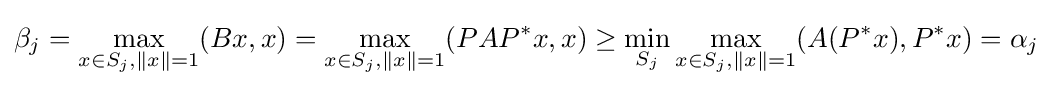
\beta _{j}=\max _{x\in S_{j},\|x\|=1}(Bx,x)=\max _{x\in S_{j},\|x\|=1}(PAP^{*}x,x)\geq \min _{S_{j}}\max _{x\in S_{j},\|x\|=1}(A(P^{*}x),P^{*}x)=\alpha _{j}